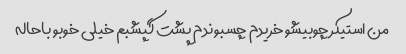
من استیکر چوبیشو خریدم چسبوندم پشت گپشبم خیلی خوبو باحاله